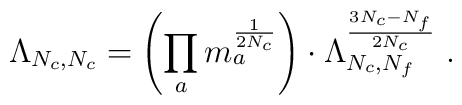
\Lambda _{N_c,N_c}=\left( \prod\limits_am_a^{\frac 1{2N_c}}\right) \cdot\Lambda _{N_c,N_f}^{\frac{3N_c-N_f}{2N_c}}\;.